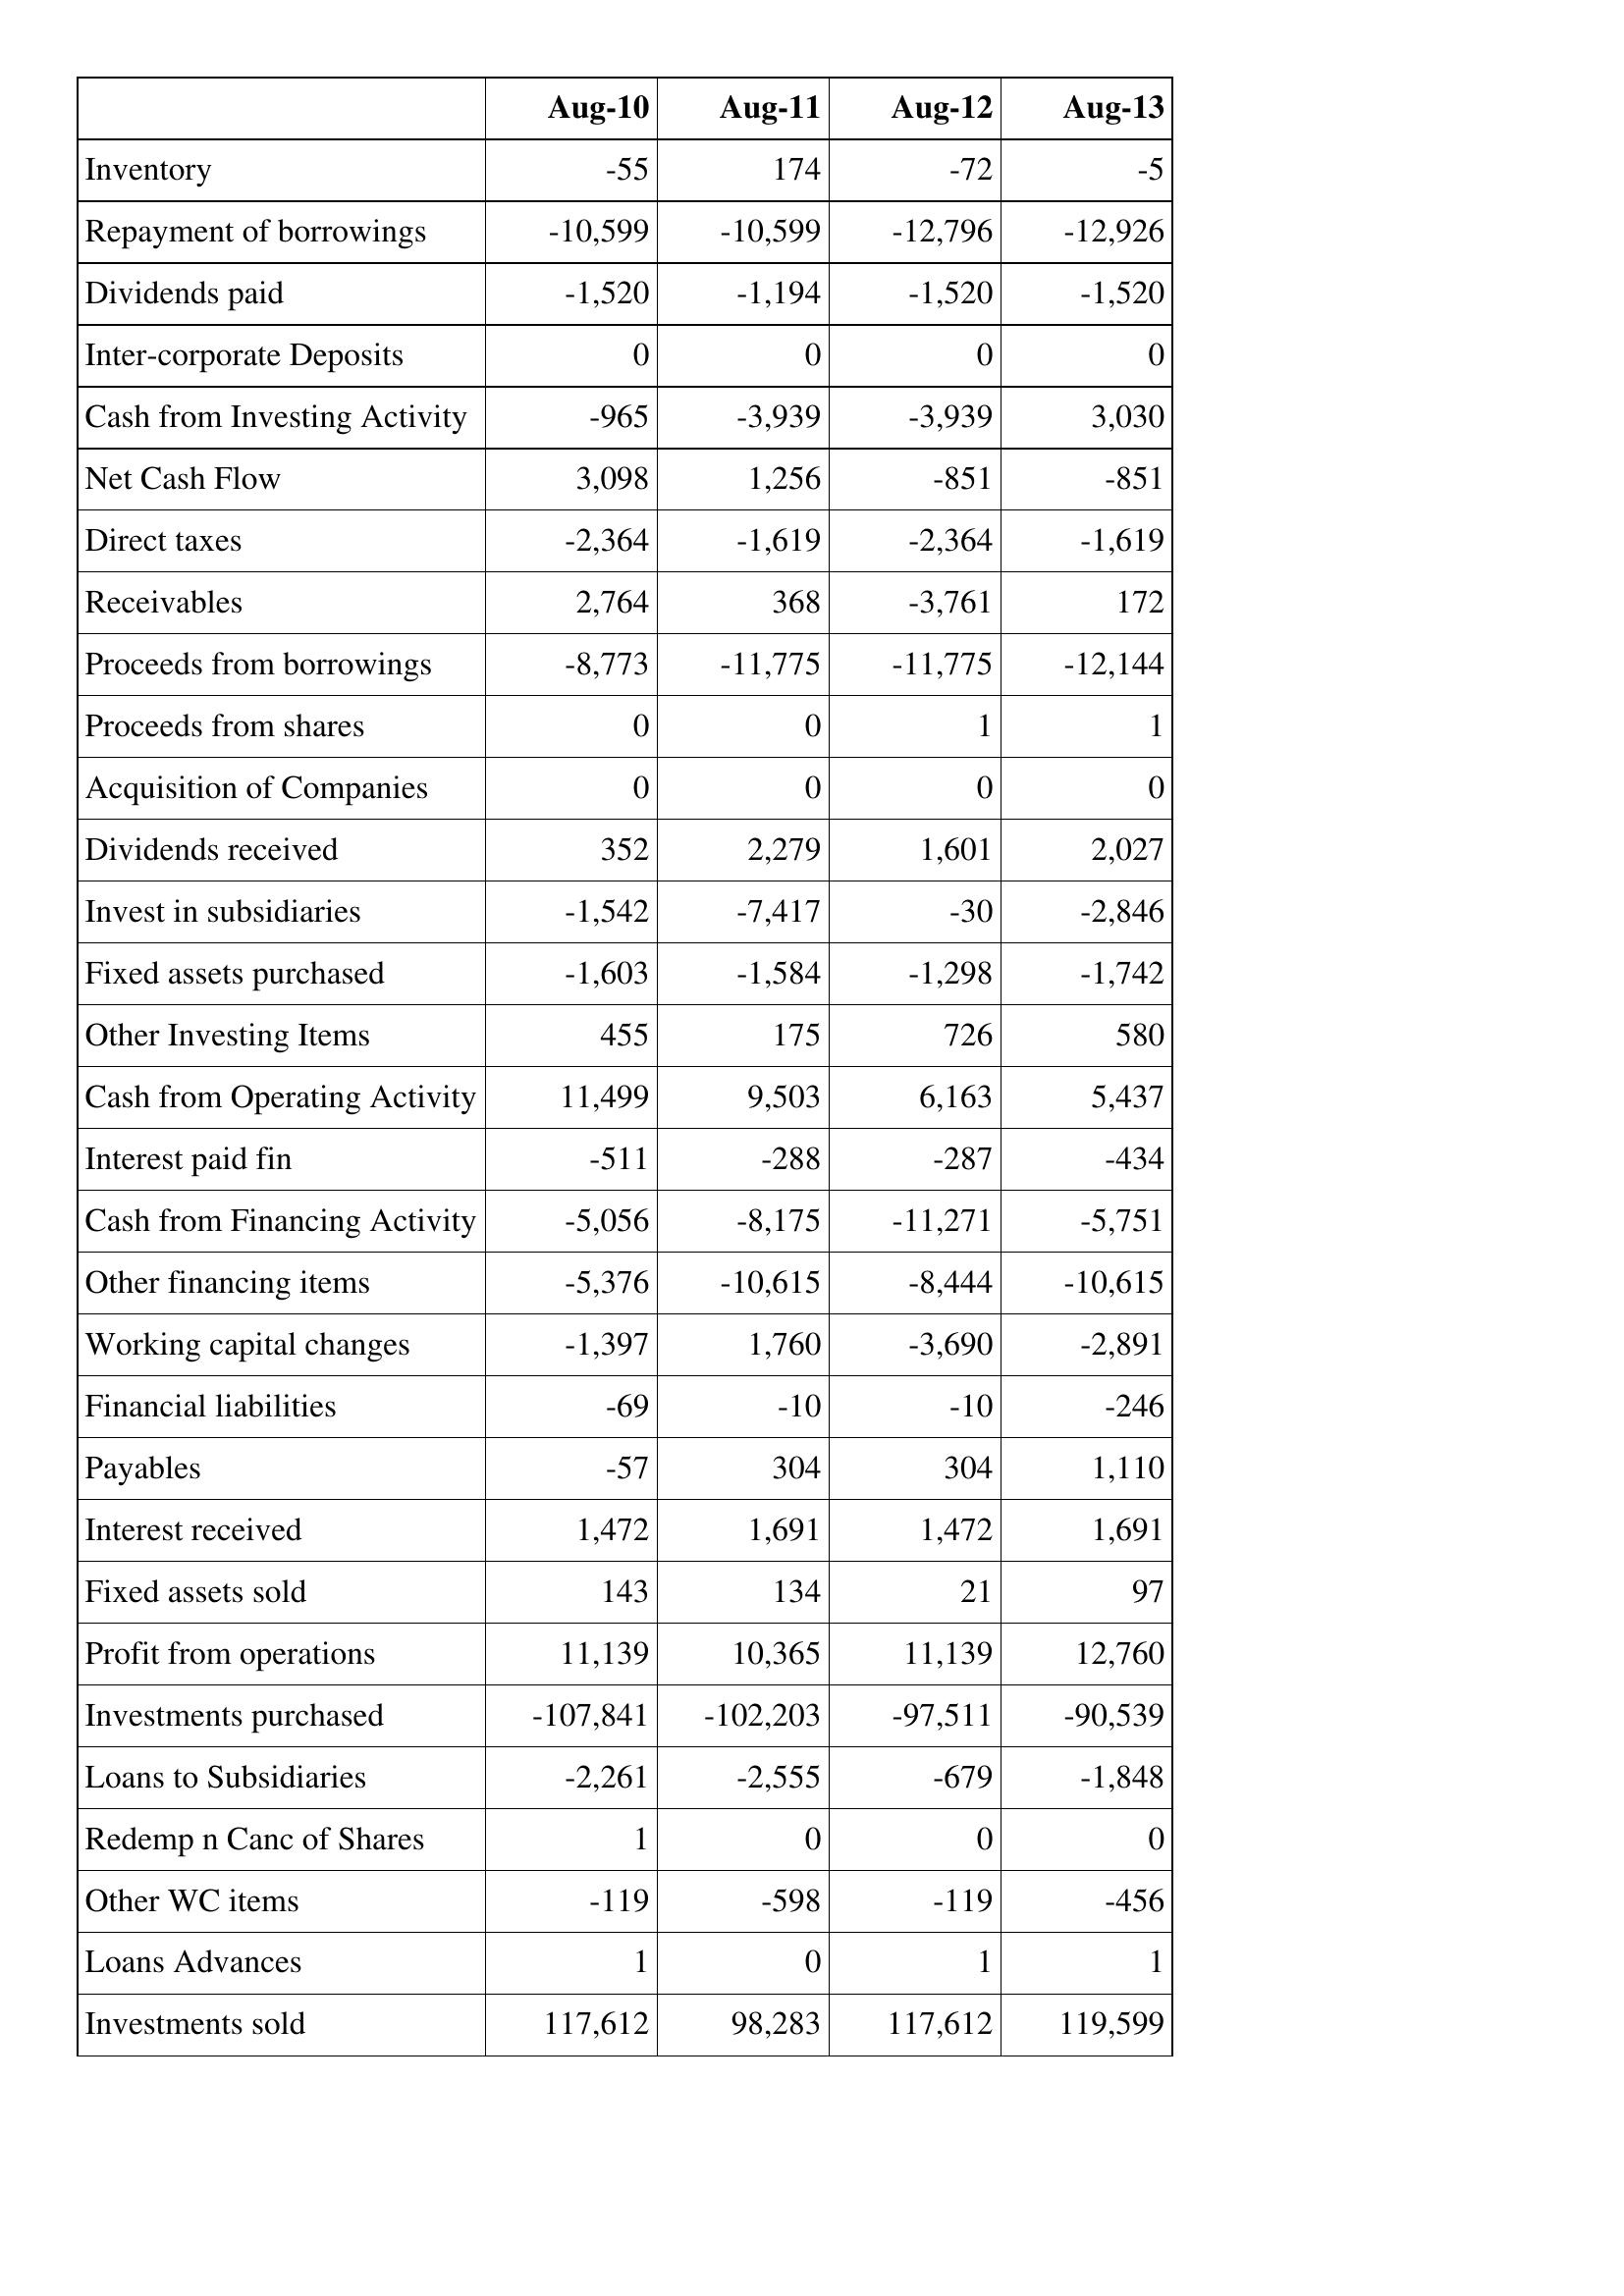
Aug-10: Cash Flows: Inventory: -55
Repayment of borrowings: -10,599
Dividends paid: -1,520
Inter-corporate Deposits: 0
Cash from Investing Activity: -965
Net Cash Flow: 3,098
Direct taxes: -2,364
Receivables: 2,764
Proceeds from borrowings: -8,773
Proceeds from shares: 0
Acquisition of Companies: 0
Dividends received: 352
Invest in subsidiaries: -1,542
Fixed assets purchased: -1,603
Other Investing Items: 455
Cash from Operating Activity: 11,499
Interest paid fin: -511
Cash from Financing Activity: -5,056
Other financing items: -5,376
Working capital changes: -1,397
Financial liabilities: -69
Payables: -57
Interest received: 1,472
Fixed assets sold: 143
Profit from operations: 11,139
Investments purchased: -107,841
Loans to Subsidiaries: -2,261
Redemp n Canc of Shares: 1
Other WC items: -119
Loans Advances: 1
Investments sold: 117,612
Aug-11: Cash Flows: Inventory: 174
Repayment of borrowings: -10,599
Dividends paid: -1,194
Inter-corporate Deposits: 0
Cash from Investing Activity: -3,939
Net Cash Flow: 1,256
Direct taxes: -1,619
Receivables: 368
Proceeds from borrowings: -11,775
Proceeds from shares: 0
Acquisition of Companies: 0
Dividends received: 2,279
Invest in subsidiaries: -7,417
Fixed assets purchased: -1,584
Other Investing Items: 175
Cash from Operating Activity: 9,503
Interest paid fin: -288
Cash from Financing Activity: -8,175
Other financing items: -10,615
Working capital changes: 1,760
Financial liabilities: -10
Payables: 304
Interest received: 1,691
Fixed assets sold: 134
Profit from operations: 10,365
Investments purchased: -102,203
Loans to Subsidiaries: -2,555
Redemp n Canc of Shares: 0
Other WC items: -598
Loans Advances: 0
Investments sold: 98,283
Aug-12: Cash Flows: Inventory: -72
Repayment of borrowings: -12,796
Dividends paid: -1,520
Inter-corporate Deposits: 0
Cash from Investing Activity: -3,939
Net Cash Flow: -851
Direct taxes: -2,364
Receivables: -3,761
Proceeds from borrowings: -11,775
Proceeds from shares: 1
Acquisition of Companies: 0
Dividends received: 1,601
Invest in subsidiaries: -30
Fixed assets purchased: -1,298
Other Investing Items: 726
Cash from Operating Activity: 6,163
Interest paid fin: -287
Cash from Financing Activity: -11,271
Other financing items: -8,444
Working capital changes: -3,690
Financial liabilities: -10
Payables: 304
Interest received: 1,472
Fixed assets sold: 21
Profit from operations: 11,139
Investments purchased: -97,511
Loans to Subsidiaries: -679
Redemp n Canc of Shares: 0
Other WC items: -119
Loans Advances: 1
Investments sold: 117,612
Aug-13: Cash Flows: Inventory: -5
Repayment of borrowings: -12,926
Dividends paid: -1,520
Inter-corporate Deposits: 0
Cash from Investing Activity: 3,030
Net Cash Flow: -851
Direct taxes: -1,619
Receivables: 172
Proceeds from borrowings: -12,144
Proceeds from shares: 1
Acquisition of Companies: 0
Dividends received: 2,027
Invest in subsidiaries: -2,846
Fixed assets purchased: -1,742
Other Investing Items: 580
Cash from Operating Activity: 5,437
Interest paid fin: -434
Cash from Financing Activity: -5,751
Other financing items: -10,615
Working capital changes: -2,891
Financial liabilities: -246
Payables: 1,110
Interest received: 1,691
Fixed assets sold: 97
Profit from operations: 12,760
Investments purchased: -90,539
Loans to Subsidiaries: -1,848
Redemp n Canc of Shares: 0
Other WC items: -456
Loans Advances: 1
Investments sold: 119,599